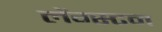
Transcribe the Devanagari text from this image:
लेंग्स्टन